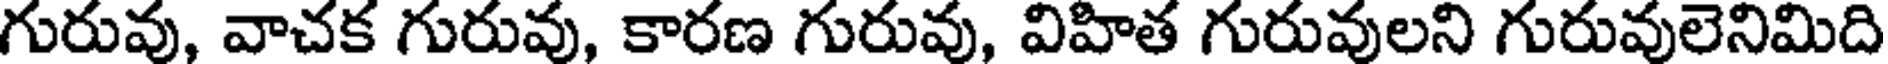
గురువు, వాచక గురువు, కారణ గురువు, విహిత గురువులని గురువులెనిమిది